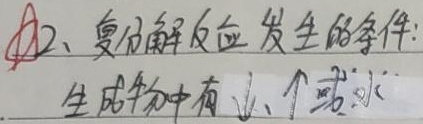
12、复分解反应发生的条件:生成物中有\(\downarrow\)、\(\uparrow\)或水